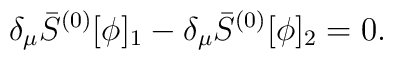
\delta_\mu \bar{S}^{(0)}[\phi]_1-\delta_\mu \bar{S}^{(0)}[\phi]_2=0.